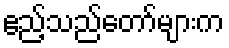
ဧည့်သည်တော်များက